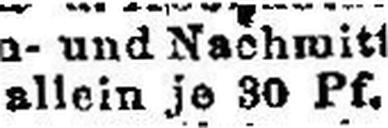
allein je 30 Pf.